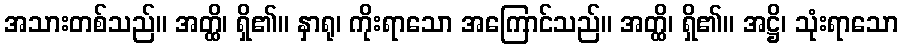
အသားတစ်သည်။ အတ္ထိ၊ ရှိ၏။ နှာရု၊ ကိုးရာသော အကြောင်သည်။ အတ္ထိ၊ ရှိ၏။ အဋ္ဌိ၊ သုံးရာသော